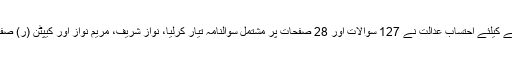
نیب کی جانب سے دائر ریفرنس پر بیان ریکارڈ کرنے کیلئے احتساب عدالت نے 127 سوالات اور 28 صفحات پر مشتمل سوالنامہ تیار کرلیا، نواز شریف، مریم نواز اور کیپٹن (ر) صفدر کا ان سوالات کے تحت بیان ریکارڈ کیا جائے گا۔